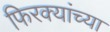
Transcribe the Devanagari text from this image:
फिरक्यांच्या